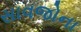
સાવજોના